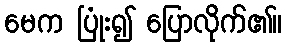
မေက ပြုံး၍ ပြောလိုက်၏။